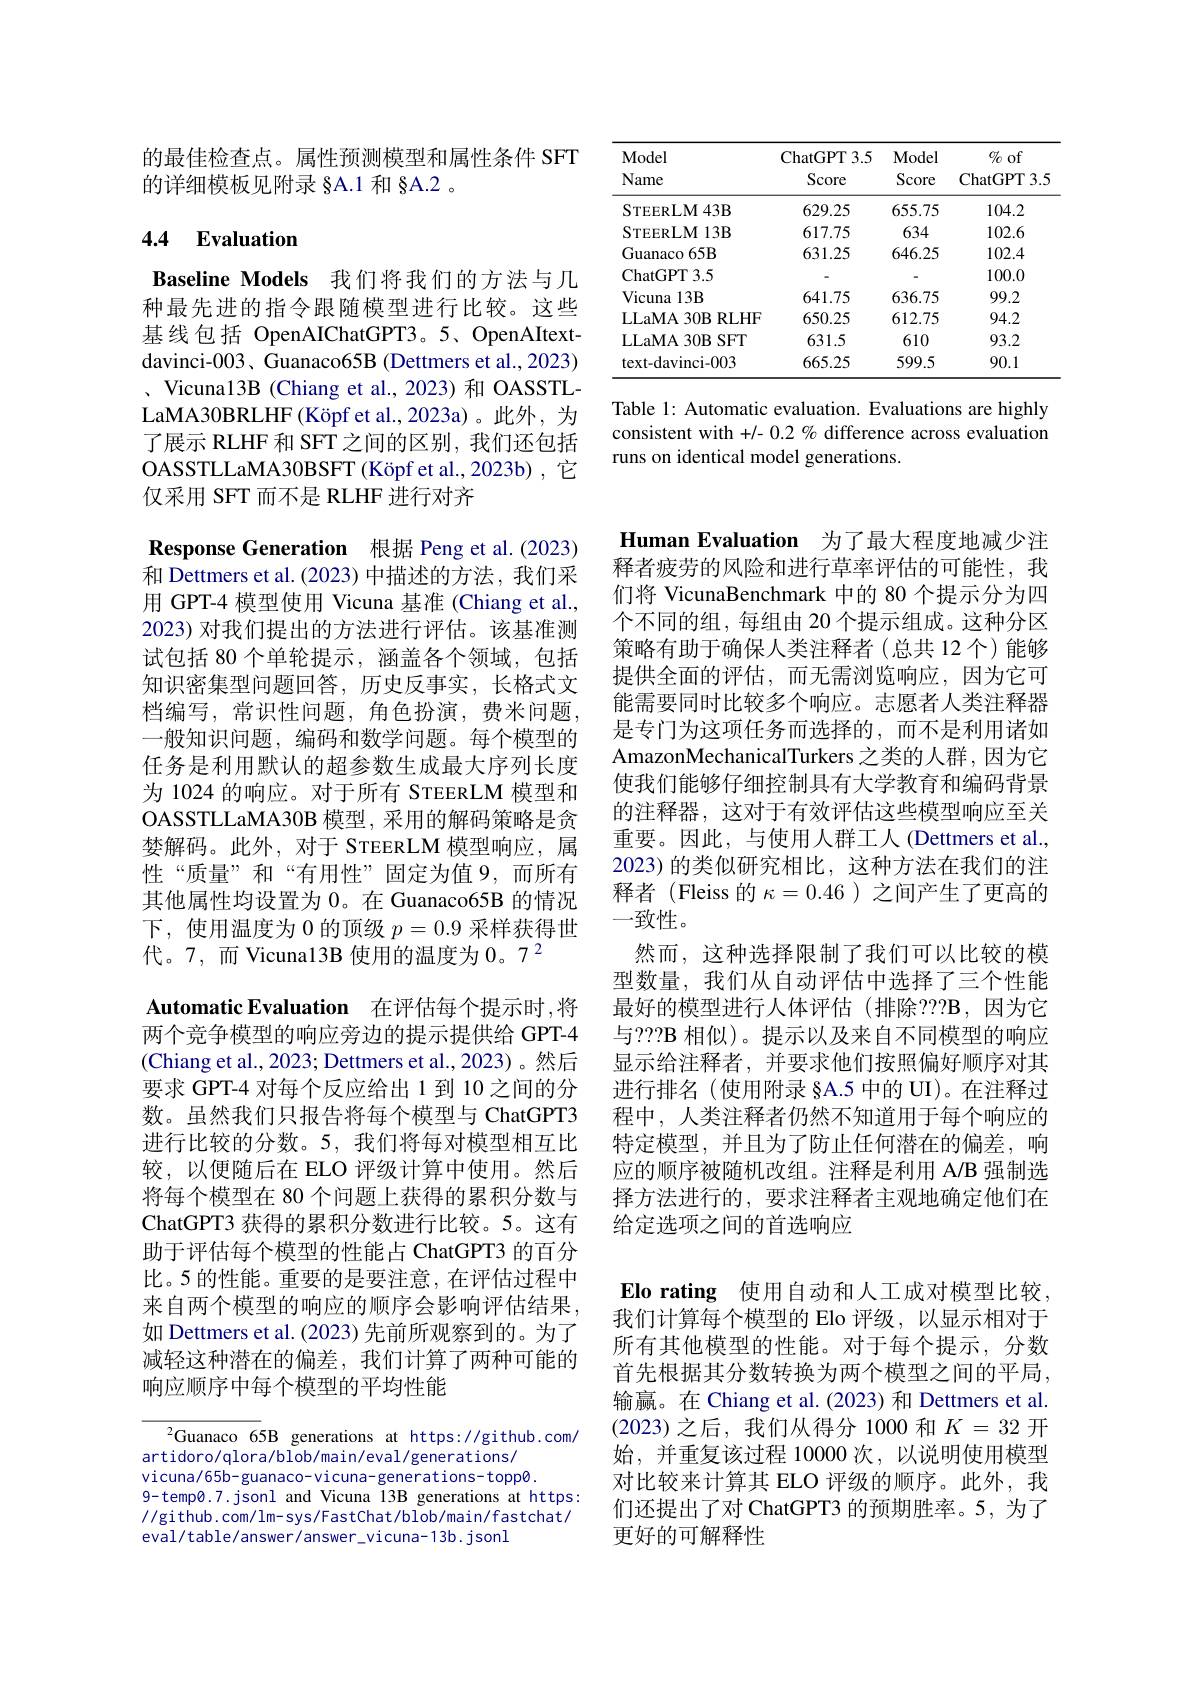
<table>
	<tbody>
		<tr>
			<th>Model Name</th>
			<th>ChatGPT3. 5 Score</th>
			<th>Model Score</th>
			<th>$\%$ of ChatGPT3. S</th>
		</tr>
		<tr>
			<th>Model Name</th>
			<th>ChatGPT3. 5 Score</th>
			<th>Model Score</th>
			<th>$\%$ of ChatGPT3. S</th>
		</tr>
		<tr>
			<td>STEERLM43B</td>
			<td>629.25</td>
			<td>655.75</td>
			<td>104.2</td>
		</tr>
		<tr>
			<td>STEERLM13B</td>
			<td>617.75</td>
			<td>634</td>
			<td>102.6</td>
		</tr>
		<tr>
			<td>Guanaco 65B</td>
			<td>631.25</td>
			<td>646.25</td>
			<td>102.4</td>
		</tr>
		<tr>
			<td>ChatGPT3. 5</td>
			<td> </td>
			<td> </td>
			<td>100.0</td>
		</tr>
		<tr>
			<td>Vicuna $\iota13B$</td>
			<td>641.75</td>
			<td>636.75</td>
			<td>99.2</td>
		</tr>
		<tr>
			<td>LLaMA 30B RLHF</td>
			<td>650.25</td>
			<td>612.75</td>
			<td>94.2</td>
		</tr>
		<tr>
			<td>LLaMA30BSFT</td>
			<td>631.5</td>
			<td>610</td>
			<td>93.2</td>
		</tr>
		<tr>
			<td>$text-davinci-003$</td>
			<td>665.25</td>
			<td>599.5</td>
			<td>90.1</td>
		</tr>
	</tbody>
</table>

Table 1: Automatic evaluation. Evaluations are highly consistent with +/- 0.2 % difference across evaluation runs on identical model generations.

的最佳检查点。属性预测模型和属性条件 SFT
的详细模板见附录 §A.1 和 §A.2 。

# 4.4 Evaluation

Baseline Models 我们将我们的方法与几种最先进的指令跟随模型进行比较。这些基线包括 OpenAIChatGPT3。5、OpenAItextdavinci-003、Guanaco65B (Dettmers et al., 2023) 、Vicuna13B (Chiang et al., 2023) 和 OASSTLLaMA30BRLHF (Köpf et al.,2023a)。此外，为了展示 RLHF 和 SFT 之间的区别，我们还包括OASSTLLaMA30BSFT (Köpf et al.,2023b) ,它仅采用 SFT 而不是 RLHF 进行对齐

Response Generation 根据 Peng et al.(2023) 和 Dettmers et al. (2023) 中描述的方法，我们采用 GPT-4 模型使用 Vicuna 基准 (Chiang et al., 2023) 对我们提出的方法进行评估。该基准测试包括 80 个单轮提示 , 涵盖各个领域，包括知识密集型问题回答，历史反事实，长格式文档编写，常识性问题，角色扮演，费米问题， 一般知识问题，编码和数学问题。每个模型的任务是利用默认的超参数生成最大序列长度为 1024 的响应。对于所有 STEERLM 模型和OASSTLLaMA30B 模型，采用的解码策略是贪婪解码。此外，对于 STEERLM 模型响应，属性“质量”和“有用性”固定为值9，而所有其他属性均设置为 0。在 Guanaco65B 的情况下，使用温度为 0 的顶级$p=0.9$采样获得世代。7,而 Vicuna13B 使用的温度为$0。7^2$
Automatic Evaluation 在评估每个提示时 ,将两个竞争模型的响应旁边的提示提供给 GPT-4 (Chiang et al., 2023; Dettmers et al., 2023)。然后要求 GPT-4 对每个反应给出 1 到 10 之间的分数。虽然我们只报告将每个模型与 ChatGPT3进行比较的分数。5,我们将每对模型相互比较，以便随后在 ELO 评级计算中使用。然后将每个模型在 80 个问题上获得的累积分数与ChatGPT3 获得的累积分数进行比较。5。这有助于评估每个模型的性能占 ChatGPT3 的百分比。5 的性能。重要的是要注意，在评估过程中来自两个模型的响应的顺序会影响评估结果， 如 Dettmers et al. (2023) 先前所观察到的。为了减轻这种潜在的偏差，我们计算了两种可能的响应顺序中每个模型的平均性能

${}^{2}$Guanaco 65B generations at https://github.com/
artidoro/qlora/blob/main/eval/generations/ vicuna/65b-guanaco-vicuna-generations-topp0. 9-temp0.7.jsonl and Vicuna 13B generations at https: //github.com/lm-sys/FastChat/blob/main/fastchat/ eval/table/answer/answer\_vicuna-13b.jsonl

Human Evaluation 为了最大程度地减少注释者疲劳的风险和进行草率评估的可能性，我们将 VicunaBenchmark 中的 80 个提示分为四个不同的组，每组由 20 个提示组成。这种分区策略有助于确保人类注释者(总共12个)能够提供全面的评估，而无需浏览响应，因为它可能需要同时比较多个响应。志愿者人类注释器是专门为这项任务而选择的，而不是利用诸如AmazonMechanicalTurkers 之类的人群，因为它使我们能够仔细控制具有大学教育和编码背景的注释器，这对于有效评估这些模型响应至关重要。因此，与使用人群工人(Dettmers et al., 2023) 的类似研究相比，这种方法在我们的注释者(Fleiss的$\kappa=0.46$ )之间产生了更高的一致性。
然而，这种选择限制了我们可以比较的模型数量，我们从自动评估中选择了三个性能最好的模型进行人体评估(排除？??B,因为它与？??B 相似)。提示以及来自不同模型的响应显示给注释者，并要求他们按照偏好顺序对其进行排名(使用附录§A.5 中的 UI)。在注释过程中，人类注释者仍然不知道用于每个响应的特定模型，并且为了防止任何潜在的偏差，响应的顺序被随机改组。注释是利用 A/B 强制选择方法进行的，要求注释者主观地确定他们在给定选项之间的首选响应

Elo rating 使用自动和人工成对模型比较， 我们计算每个模型的 Elo 评级，以显示相对于所有其他模型的性能。对于每个提示，分数首先根据其分数转换为两个模型之间的平局， 输赢。在 Chiang et al. (2023) 和 Dettmers et al. (2023)之后，我们从得分 1000 和$K=32$开始，并重复该过程 10000 次，以说明使用模型对比较来计算其 ELO 评级的顺序。此外，我们还提出了对 ChatGPT3 的预期胜率。5, 为了更好的可解释性